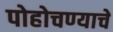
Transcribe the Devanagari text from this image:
पोहोचण्‍याचे